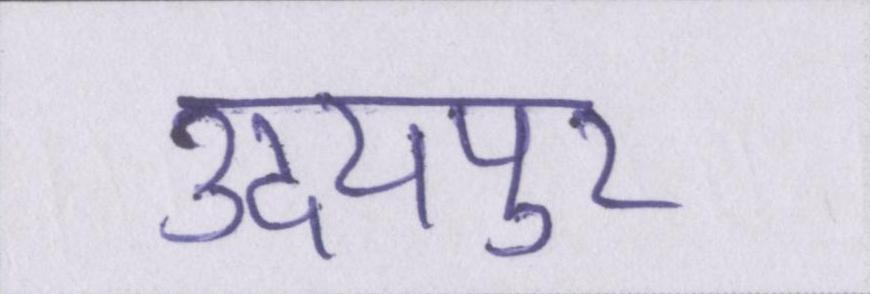
उदयपुर